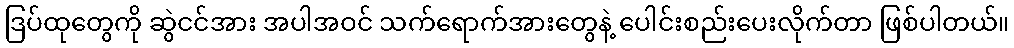
ဒြပ်ထုတွေကို ဆွဲငင်အား အပါအဝင် သက်ရောက်အားတွေနဲ့ ပေါင်းစည်းပေးလိုက်တာ ဖြစ်ပါတယ်။